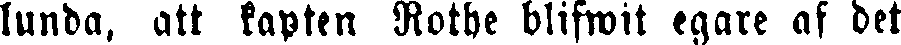
lunda, att kapten Rothe blifwit egare af det